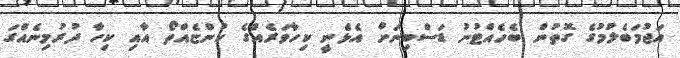
އަޖުމަބެލުމުގެ ގޮތުން ބެހެއްޓުނު ޑަސްބިނަށް އެޅެނީ ކިހާވަރެއްގެ ކުންޏެއްތޯ އާއި ކިހާ ދުރުމިނެއްގަ